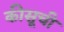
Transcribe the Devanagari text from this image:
कीसूची